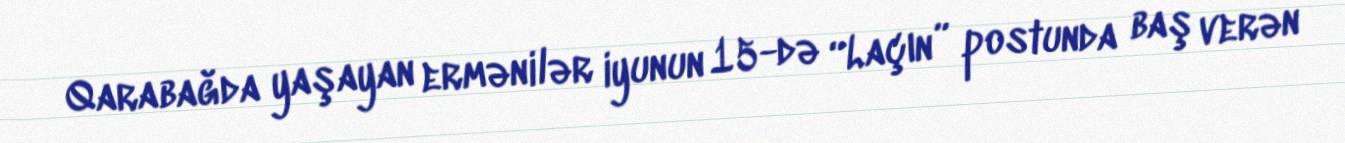
Qarabağda yaşayan ermənilər iyunun 15-də “Laçın” postunda baş verən